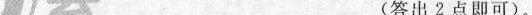
______________________________(答出2点即可)。